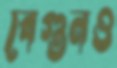
বেগুনও